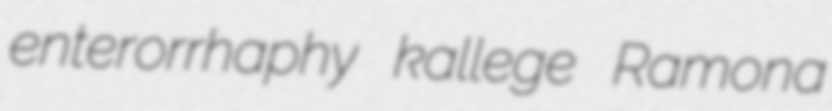
enterorrhaphy kallege Ramona